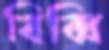
বিব্বি